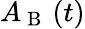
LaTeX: A_{\mathrm{~B~}}\left(t\right)